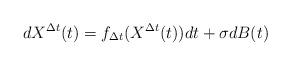
LaTeX: \begin{align*}dX^{\Delta t}(t)=f_{\Delta t}(X^{\Delta t}(t))dt+\sigma dB(t)\end{align*}